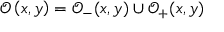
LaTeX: \mathcal { O } \left( x , y \right) = \mathcal { O } _ { - } ( x , y ) \cup \mathcal { O } _ { + } ( x , y )